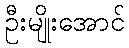
ဦးမျိုးအောင်